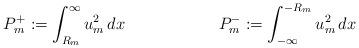
LaTeX: \begin{align*}P_{m}^{+} &:= \int_{R_{m}}^{\infty} u_{m}^{2} \, dx & P_{m}^{-} &:= \int_{-\infty}^{-R_{m}} u_{m}^{2} \, dx\end{align*}